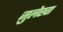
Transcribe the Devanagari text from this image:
ज़ुलेखा